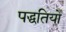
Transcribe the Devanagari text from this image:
पद्धतियोँ